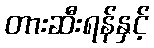
တားဆီးရန်နှင့်